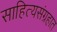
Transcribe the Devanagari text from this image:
साहित्यसंग्रहात